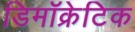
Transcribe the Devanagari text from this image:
डिमॉक्रेटिक